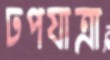
ঢপযাত্রা